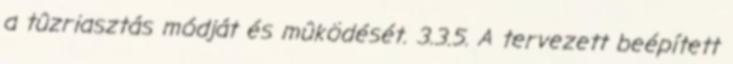
a tûzriasztás módját és mûködését. 3.3.5. A tervezett beépített